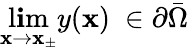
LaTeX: \operatorname*{l\mathbf{i}m}_{\mathbf{x}\to\mathbf{x}_{\pm}}y(\mathbf{x})\ \in\partial{\bar{{\Omega}}}